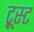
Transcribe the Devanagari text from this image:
ट्रूस्ट